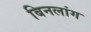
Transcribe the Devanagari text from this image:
बिनलांग